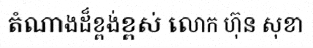
តំណាងដ៏ខ្ពង់ខ្ពស់ លោក ហ៊ុន សុខា